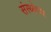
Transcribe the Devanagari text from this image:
संस्थ्येच्या